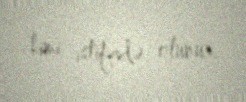
kimi istifadə olunur.